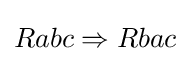
Rabc\Rightarrow Rbac